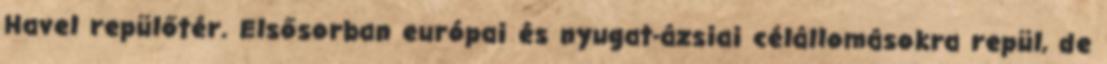
Havel repülőtér. Elsősorban európai és nyugat-ázsiai célállomásokra repül, de